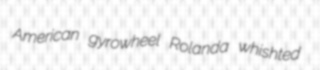
American gyrowheel Rolanda whishted